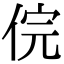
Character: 俒